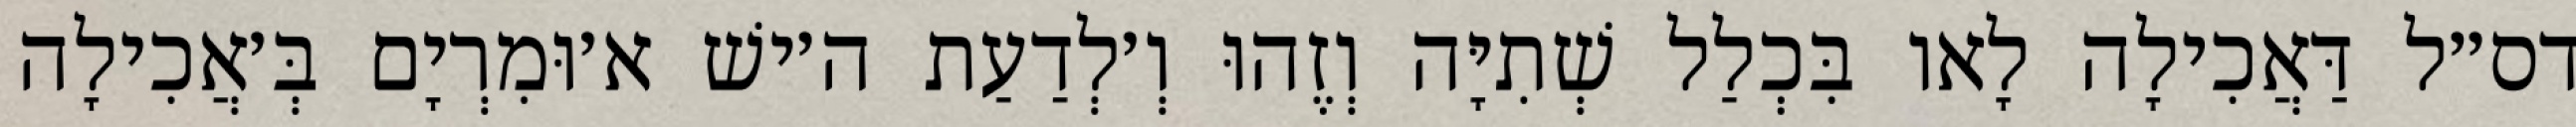
דס״ל דַּאֲכִילָה לָאו בִּכְלַל שְׁתִיָּה וְזֶהוּ וְ׳לְדַעַת ה׳ישׁ א׳וּמִרְיָם בְּ׳אֲכִילָה